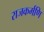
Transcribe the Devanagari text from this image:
राजकर्मणि